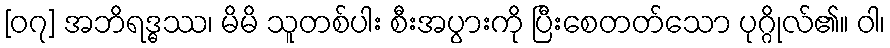
[၀၇] အဘိရဒ္ဓဿ၊ မိမိ သူတစ်ပါး စီးအပွားကို ပြီးစေတတ်သော ပုဂ္ဂိုလ်၏။ ဝါ၊